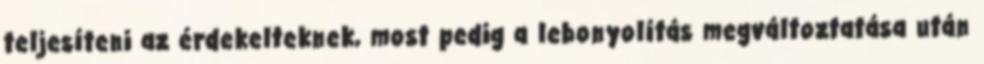
teljesíteni az érdekelteknek, most pedig a lebonyolítás megváltoztatása után